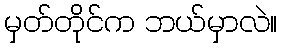
မှတ်တိုင်က ဘယ်မှာလဲ။